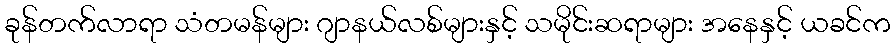
ခုန်တက်လာရာ သံတမန်များ ဂျာနယ်လစ်များနှင့် သမိုင်းဆရာများ အနေနှင့် ယခင်က